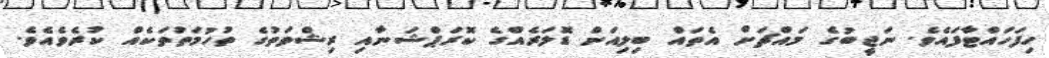
ހިފަހައްޓާފައެވެ. ނަޖީބުގެ މައްޗަށް އެތައް ބިލިއަން ޑޮލަރެއްގެ ކޮރަޕްޝަނާއި ރިޝްވަތުގެ ތުހުމަތުތަކެއް ކުރެވެއެވެ.